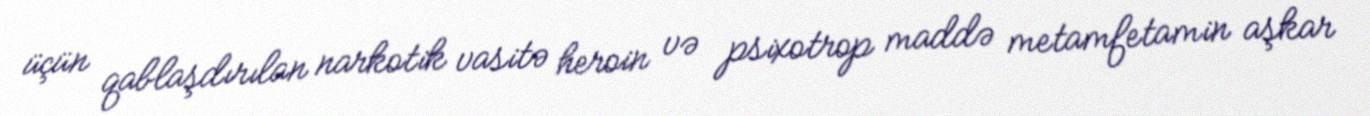
üçün qablaşdırılan narkotik vasitə heroin və psixotrop maddə metamfetamin aşkar